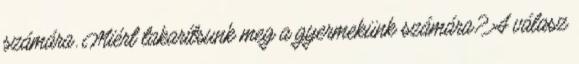
számára. Miért takarítsunk meg a gyermekünk számára? A válasz